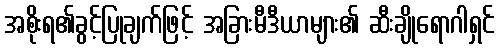
အစိုးရ၏ခွင့်ပြုချက်ဖြင့် အခြားမီဒီယာများ၏ ဆီးချိုရောဂါရှင်